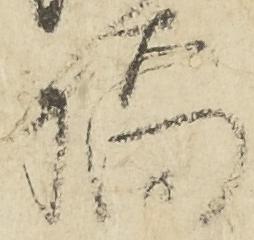
橋